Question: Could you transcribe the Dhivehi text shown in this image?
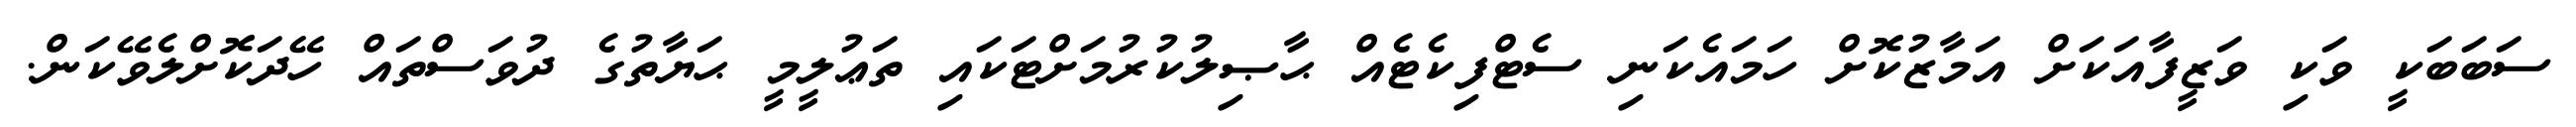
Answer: ސަބަބަކީ ވަކި ވަޒީފާއަކަށް އަމާޒުކޮށް ހަމައެކަނި ސެޓްފިކެޓެއް ޙާޞިލުކުރުމަށްޓަކައި ތަޢުލީމީ ޙަޔާތުގެ ދުވަސްތައް ހޭދަކޮށްލެވޭކަން.